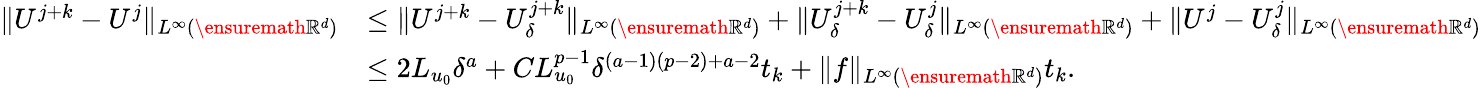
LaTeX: \begin{array}{rl}{\| U^{j+k}-U^{j}\| _{L^{\infty}(\ensuremath{\mathbb{R}}^{d})}}&{\leq\| U^{j+k}-U_{\delta}^{j+k}\| _{L^{\infty}(\ensuremath{\mathbb{R}}^{d})}+\| U_{\delta}^{j+k}-U_{\delta}^{j}\| _{L^{\infty}(\ensuremath{\mathbb{R}}^{d})}+\| U^{j}-U_{\delta}^{j}\| _{L^{\infty}(\ensuremath{\mathbb{R}}^{d})}}\\ &{\leq 2L_{u_{0}}\delta^{a}+CL_{u_{0}}^{p-1}\delta^{(a-1)(p-2)+a-2}t_{k}+\| f\| _{L^{\infty}(\ensuremath{\mathbb{R}}^{d})}t_{k}.}\end{array}